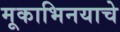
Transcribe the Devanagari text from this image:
मूकाभिनयाचे